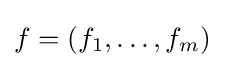
f=(f_{1},\dots ,f_{m})